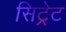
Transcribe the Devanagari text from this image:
सिट्रेट